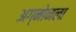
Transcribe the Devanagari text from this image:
अग्नोनला